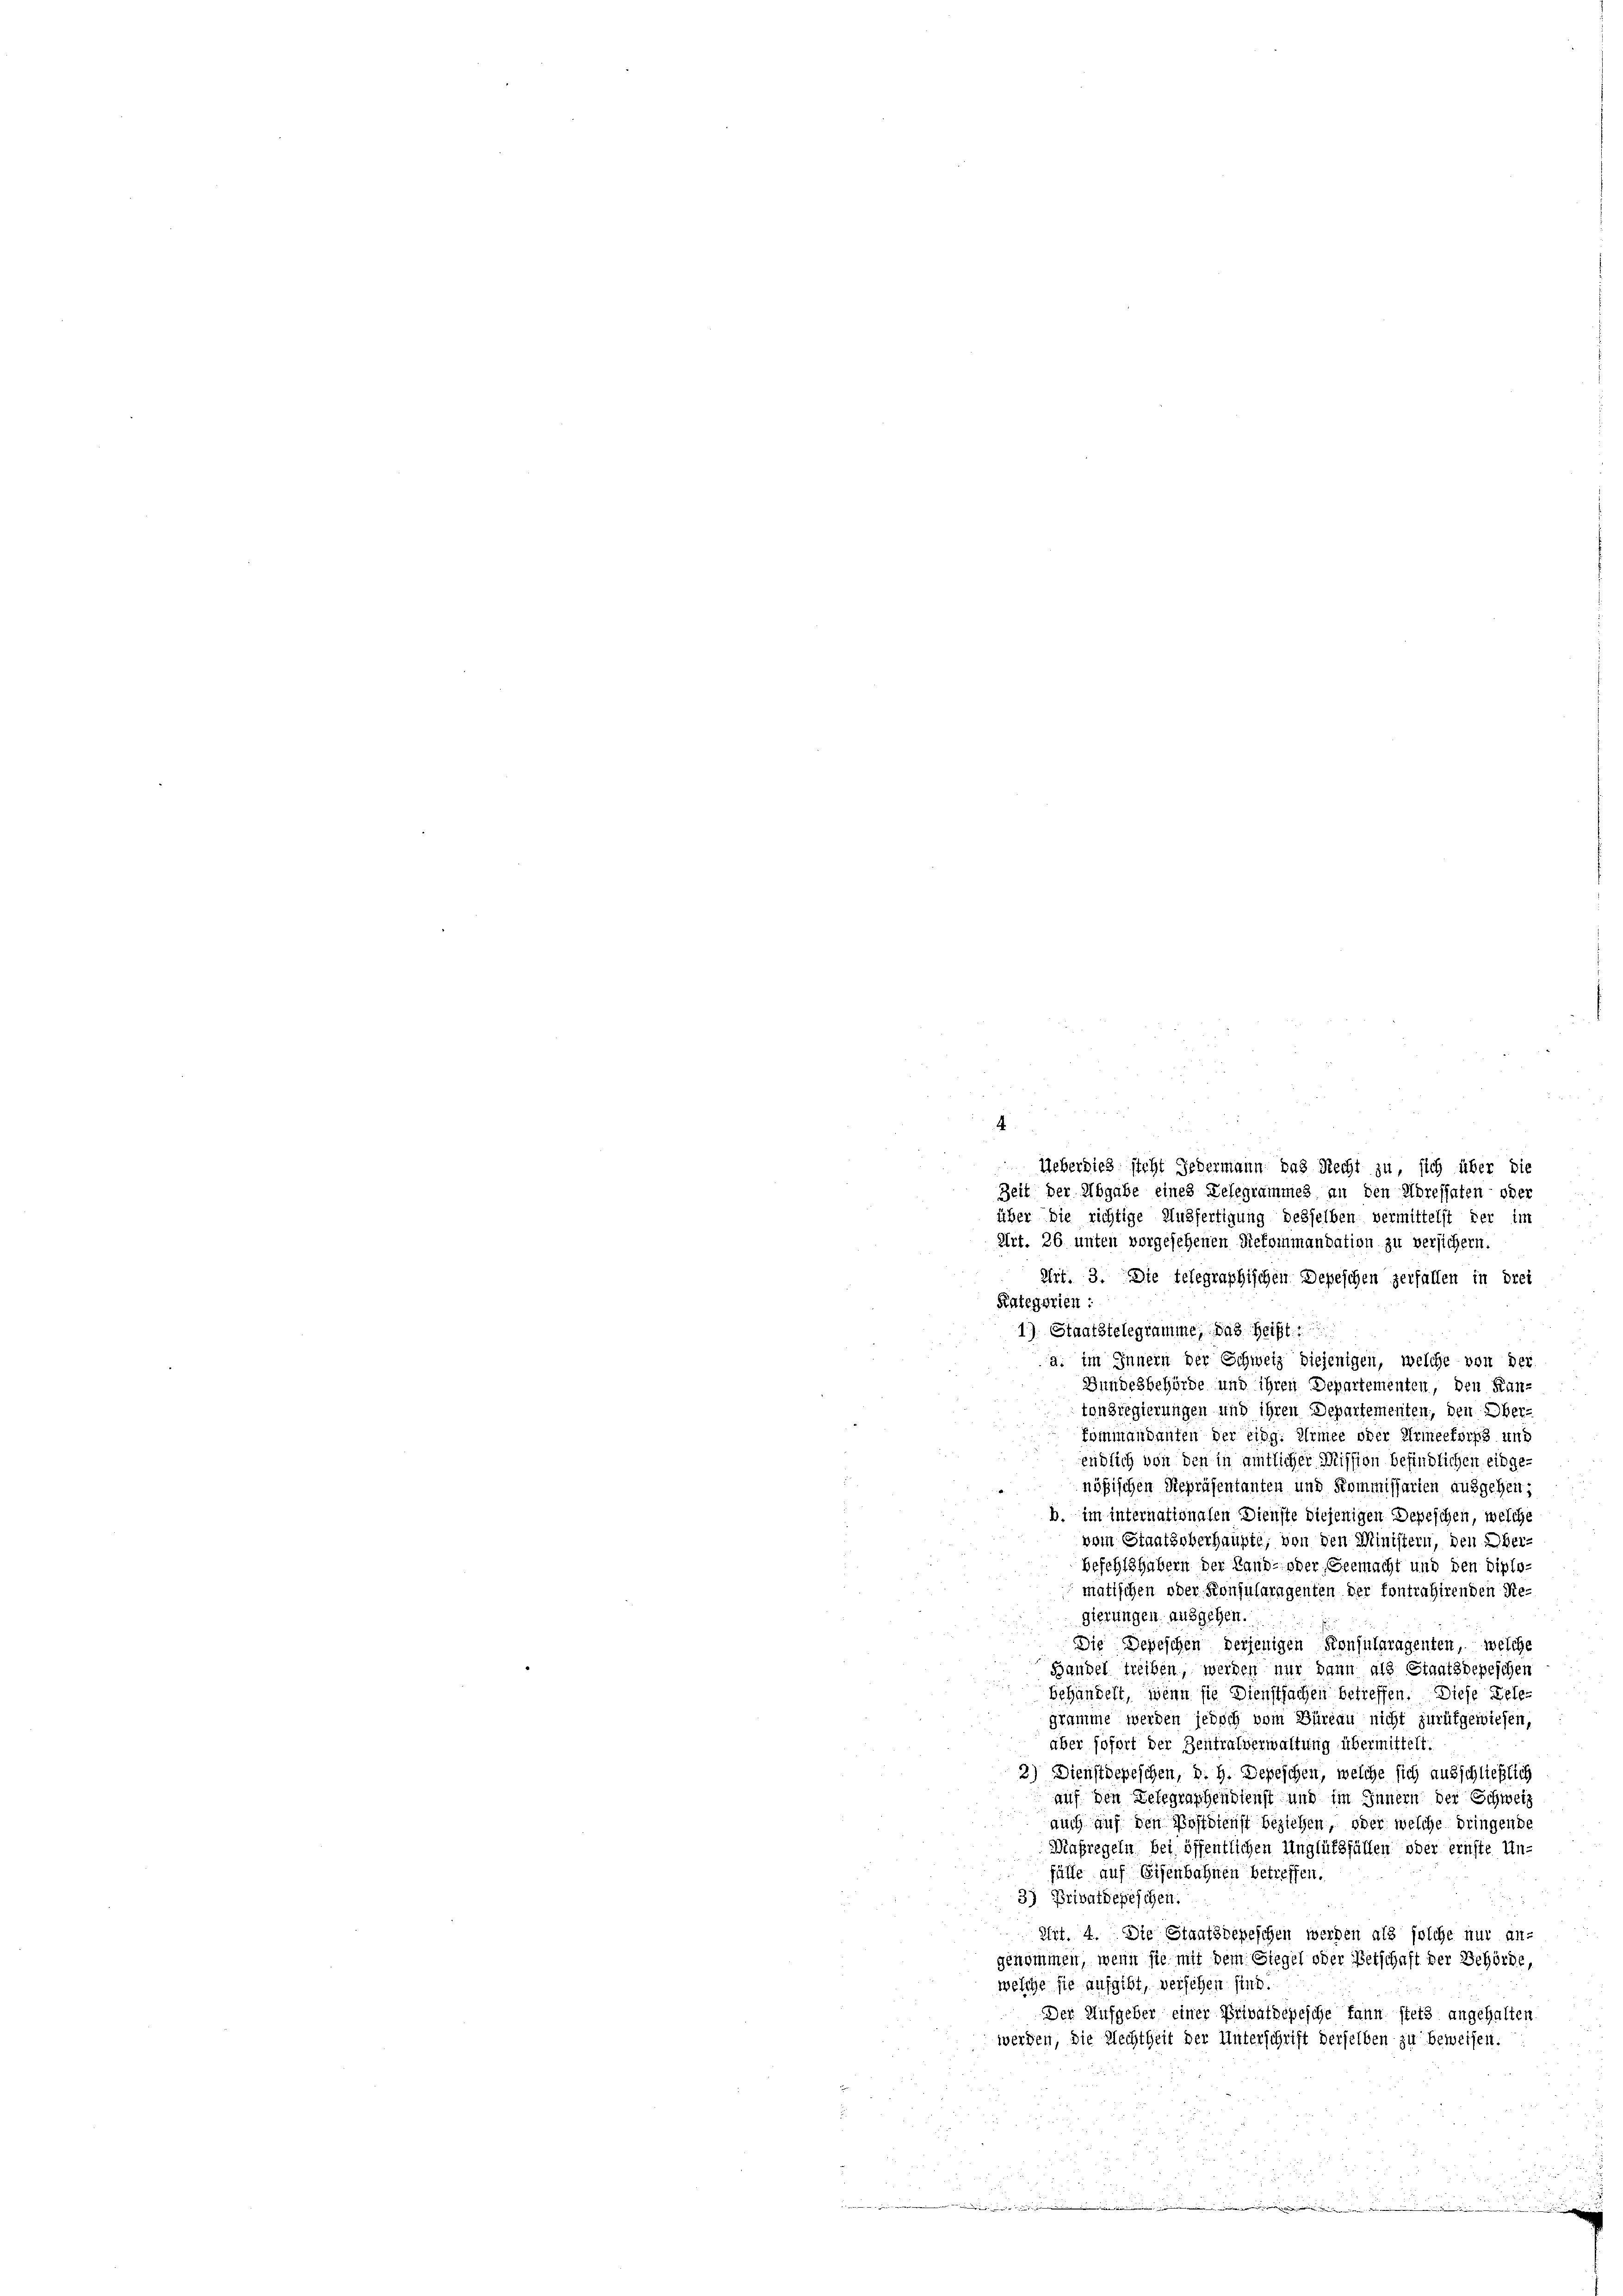
2
Ueberdies sicht Jedermann das Recht zu, sich über die
Zeit der Abgabe eines Delegrammes an den Adressaten- oder
über die richtige Ausfertigung desselben vermittelst der im
Art. 26 unten vorgesehenen Diekommandation zu versichern.
Art. 3. Die telegraphischen Depeschen zerfallen in drei
Kategorien:
1) Staatstelegramme, das Geist
a. im Innern der Schweiz diejenigen, welche von der
Bundesbehörde und ihren Departementen, den Kantonsregierungen und ihren Departementen, den Ober-
Epiniandanten der Eing. Armee oder Armeekorps und
endlich von den in amtlicher Mission befindlichen eingenößischen Repräsentanten und Kommissarien ausgehen;
b. im internationalen Dienste diejenigen Depeschen, welche
vom Staatsoberhaupte, von den Ministern, den Ober-
Befehlshabern der Land- oder Germacht und den diplomatischen ober-Konsularagenten der fontrahirenden Re-
gierungen ausgehen.
Die Depeschen derjenigen Konsularagenten, welche
Bandel treiben, werden nur dann als Staatsdepeschen
behandelt, wenn sie Dienstsachen betreffen. Diese Belegramme werden jedoch vom Büreau nicht zurükgewiesen,
aber sofort der Zentralverwaltung übermittelt.
2) Dienstdepeschen, d. h. Depeschen, welche sich ausschließlich
auf den Delegraphendienst und im Innern der Schweiz
auch auf den Postdienst beziehen, oder welche dringende
Mafregeln bei öffentlichen Unglüthfällen oder ernste Un-
älle auf Eisenbahnen betreffen.
3) Privatdepeschen.
Dirt. 4. Die Staatsdepeschen werden als solche nur an-
genommen, wenn sie mit dem Stegel oder Betschaft der Schörde,
welche sie aufgibt, versehen sind.
Der Ausgeber einer Privatbepesche kann stets angehalten.
werden, die Rechtheit der Unterschrift derselben zu beweisen.

4